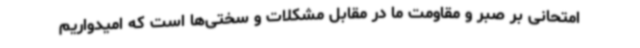
امتحانی بر صبر و مقاومت ما در مقابل مشکلات و سختی‌ها است که امیدواریم